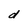
Character: d